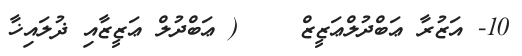
10- އަޒުރާ ޢަބްދުލްޢަޒީޒް    ( ޢަބްދުލް ޢަޒީޒާއި ޛުލައިޚާ